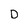
Character: D